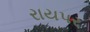
રાયપર